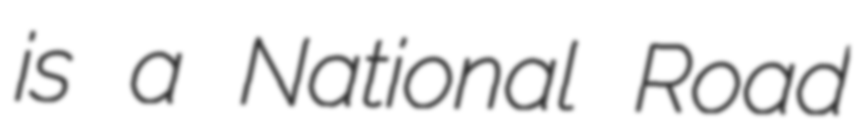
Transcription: is a National Road